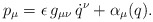
\begin{align*}p_\mu = \epsilon\, g_{\mu \nu}\,\dot q^\nu + \alpha_\mu (q).\end{align*}